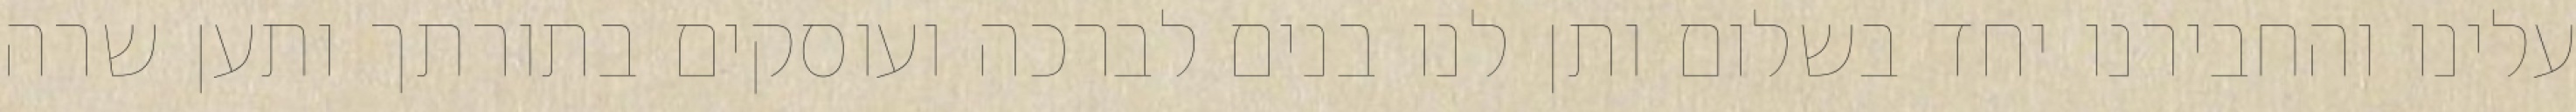
עלינו והחבירנו יחד בשלום ותן לנו בנים לברכה ועוסקים בתורתך ותען שרה